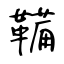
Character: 鞴